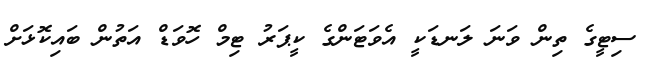
ސިޓީގެ ތިން ވަނަ ލަނޑަކީ އެވަޓަންގެ ކީޕަރު ޓިމް ހޮވަޑް އަތުން ބައިކޮޅަށް